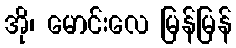
အို၊ မောင်းလေ မြန်မြန်